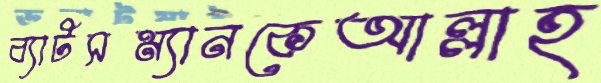
ব্যাটসম্যানকেআল্লাহ